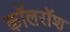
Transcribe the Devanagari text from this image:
कॉलरॉश